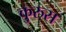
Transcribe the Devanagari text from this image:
कुरुस